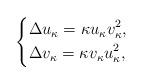
LaTeX: \begin{align*}\left\{\begin{aligned} &\Delta u_\kappa=\kappa u_\kappa v_\kappa^2, \\ &\Delta v_\kappa=\kappa v_\kappa u_\kappa^2, \end{aligned} \right.\end{align*}